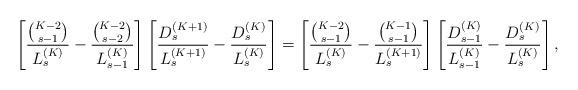
LaTeX: \begin{align*}\left[\frac{\binom{K-2}{s-1}}{L_s^{(K)}} - \frac{\binom{K-2}{s-2}}{L_{s-1}^{(K)}} \right]\left[ \frac{D_s^{(K+1)}}{L_s^{(K+1)}} - \frac{D_s^{(K)}}{L_s^{(K)}} \right]= \left[\frac{\binom{K-2}{s-1}}{L_s^{(K)}} - \frac{\binom{K-1}{s-1}}{L_{s}^{(K+1)}} \right]\left[ \frac{D_{s-1}^{(K)}}{L_{s-1}^{(K)}} - \frac{D_s^{(K)}}{L_s^{(K)}} \right], \end{align*}